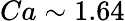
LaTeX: Ca\sim 1.64